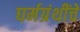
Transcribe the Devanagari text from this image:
घर्मग्रंथींचे